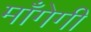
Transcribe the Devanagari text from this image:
माँगेगी